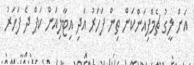
އަށް ލީގު ޗެމްޕިއަންކަން ތިން ފަހަރު އަދި އިޓާލިއަން ކަޕް ދެ ފަހަރު